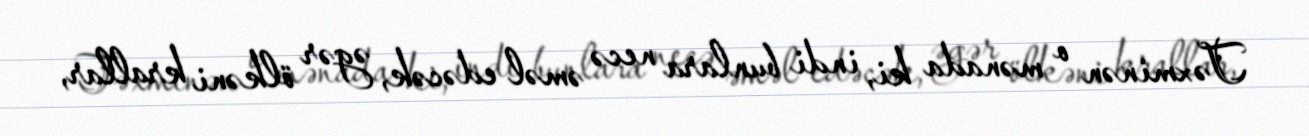
Təxminən o mənada ki, indi bunlara necə əməl edəcək, əgər ölkəni krallar,